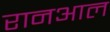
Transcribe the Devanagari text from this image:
रानआल